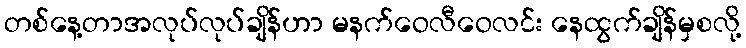
တစ်နေ့တာအလုပ်လုပ်ချိန်ဟာ မနက်ဝေလီဝေလင်း နေထွက်ချိန်မှစလို့